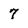
Character: 7